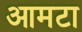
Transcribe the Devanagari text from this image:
आमटा